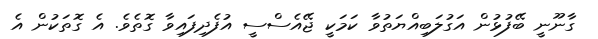
ގާނޫނީ ބޭފުޅުން އަގުލަބިއްޔަތުވާ ކަމަކީ ޖޭއެސްސީ އުފެދިފައިވާ ގޮތެވެ. އެ ގޮތަކުން އެ